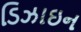
ડિઝાઇન